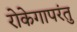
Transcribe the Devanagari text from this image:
रोकेगापरंतु